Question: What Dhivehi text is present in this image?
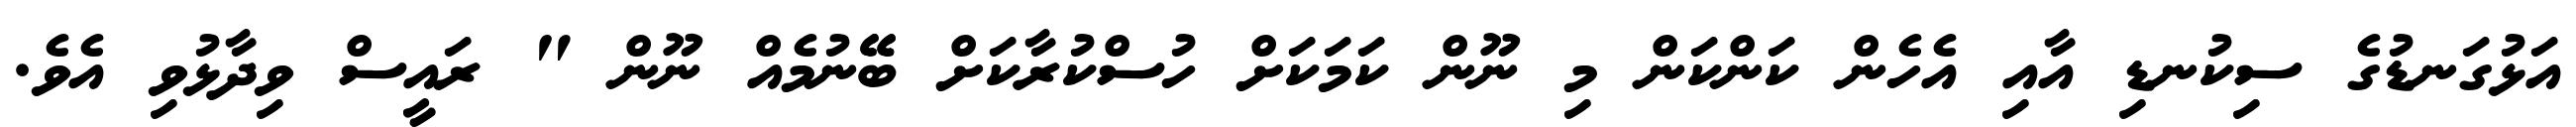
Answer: އަޅުގަނޑުގެ ސިކުނޑި އާއި އެހެން ކަންކަން މި ނޫން ކަމަކަށް ހުސްކުރާކަށް ބޭޭނުމެއް ނޫން " ރައީސް ވިދާޅުވި އެވެ.